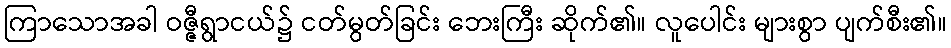
ကြာသောအခါ ဝဇ္ဇီရွာငယ်၌ ငတ်မွတ်ခြင်း ဘေးကြီး ဆိုက်၏။ လူပေါင်း များစွာ ပျက်စီး၏။